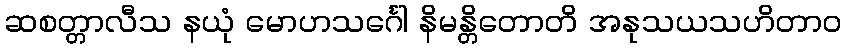
ဆစတ္တာလီသ နယုံ မောဟသင်္ဂေါ နိမန္တိတောတိ အနုသယသဟိတာဝ